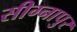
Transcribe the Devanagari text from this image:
सीग्नापुर